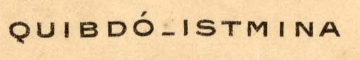
QUIBDO_ISTMINA